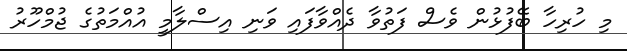
މި ހުރިހާ ބޭފުޅުން ވެސް ފަތުވާ ދެއްވާފައި ވަނި އިސްލާމީ އުއްމަތުގެ ޖުމްހޫރު